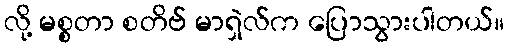
လို့ မစ္စတာ စတိဗ် မာရှဲလ်က ပြောသွားပါတယ်။